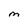
Character: M